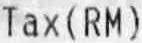
TAX( RM )